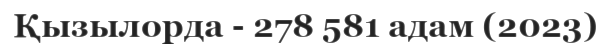
Қызылорда - 278 581 адам (2023)